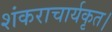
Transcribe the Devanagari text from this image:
शंकराचार्यकृत।